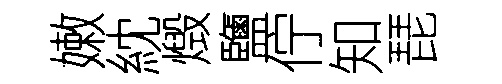
嫩紞燬鹽佇知琵